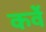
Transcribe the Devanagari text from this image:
कर्वेे